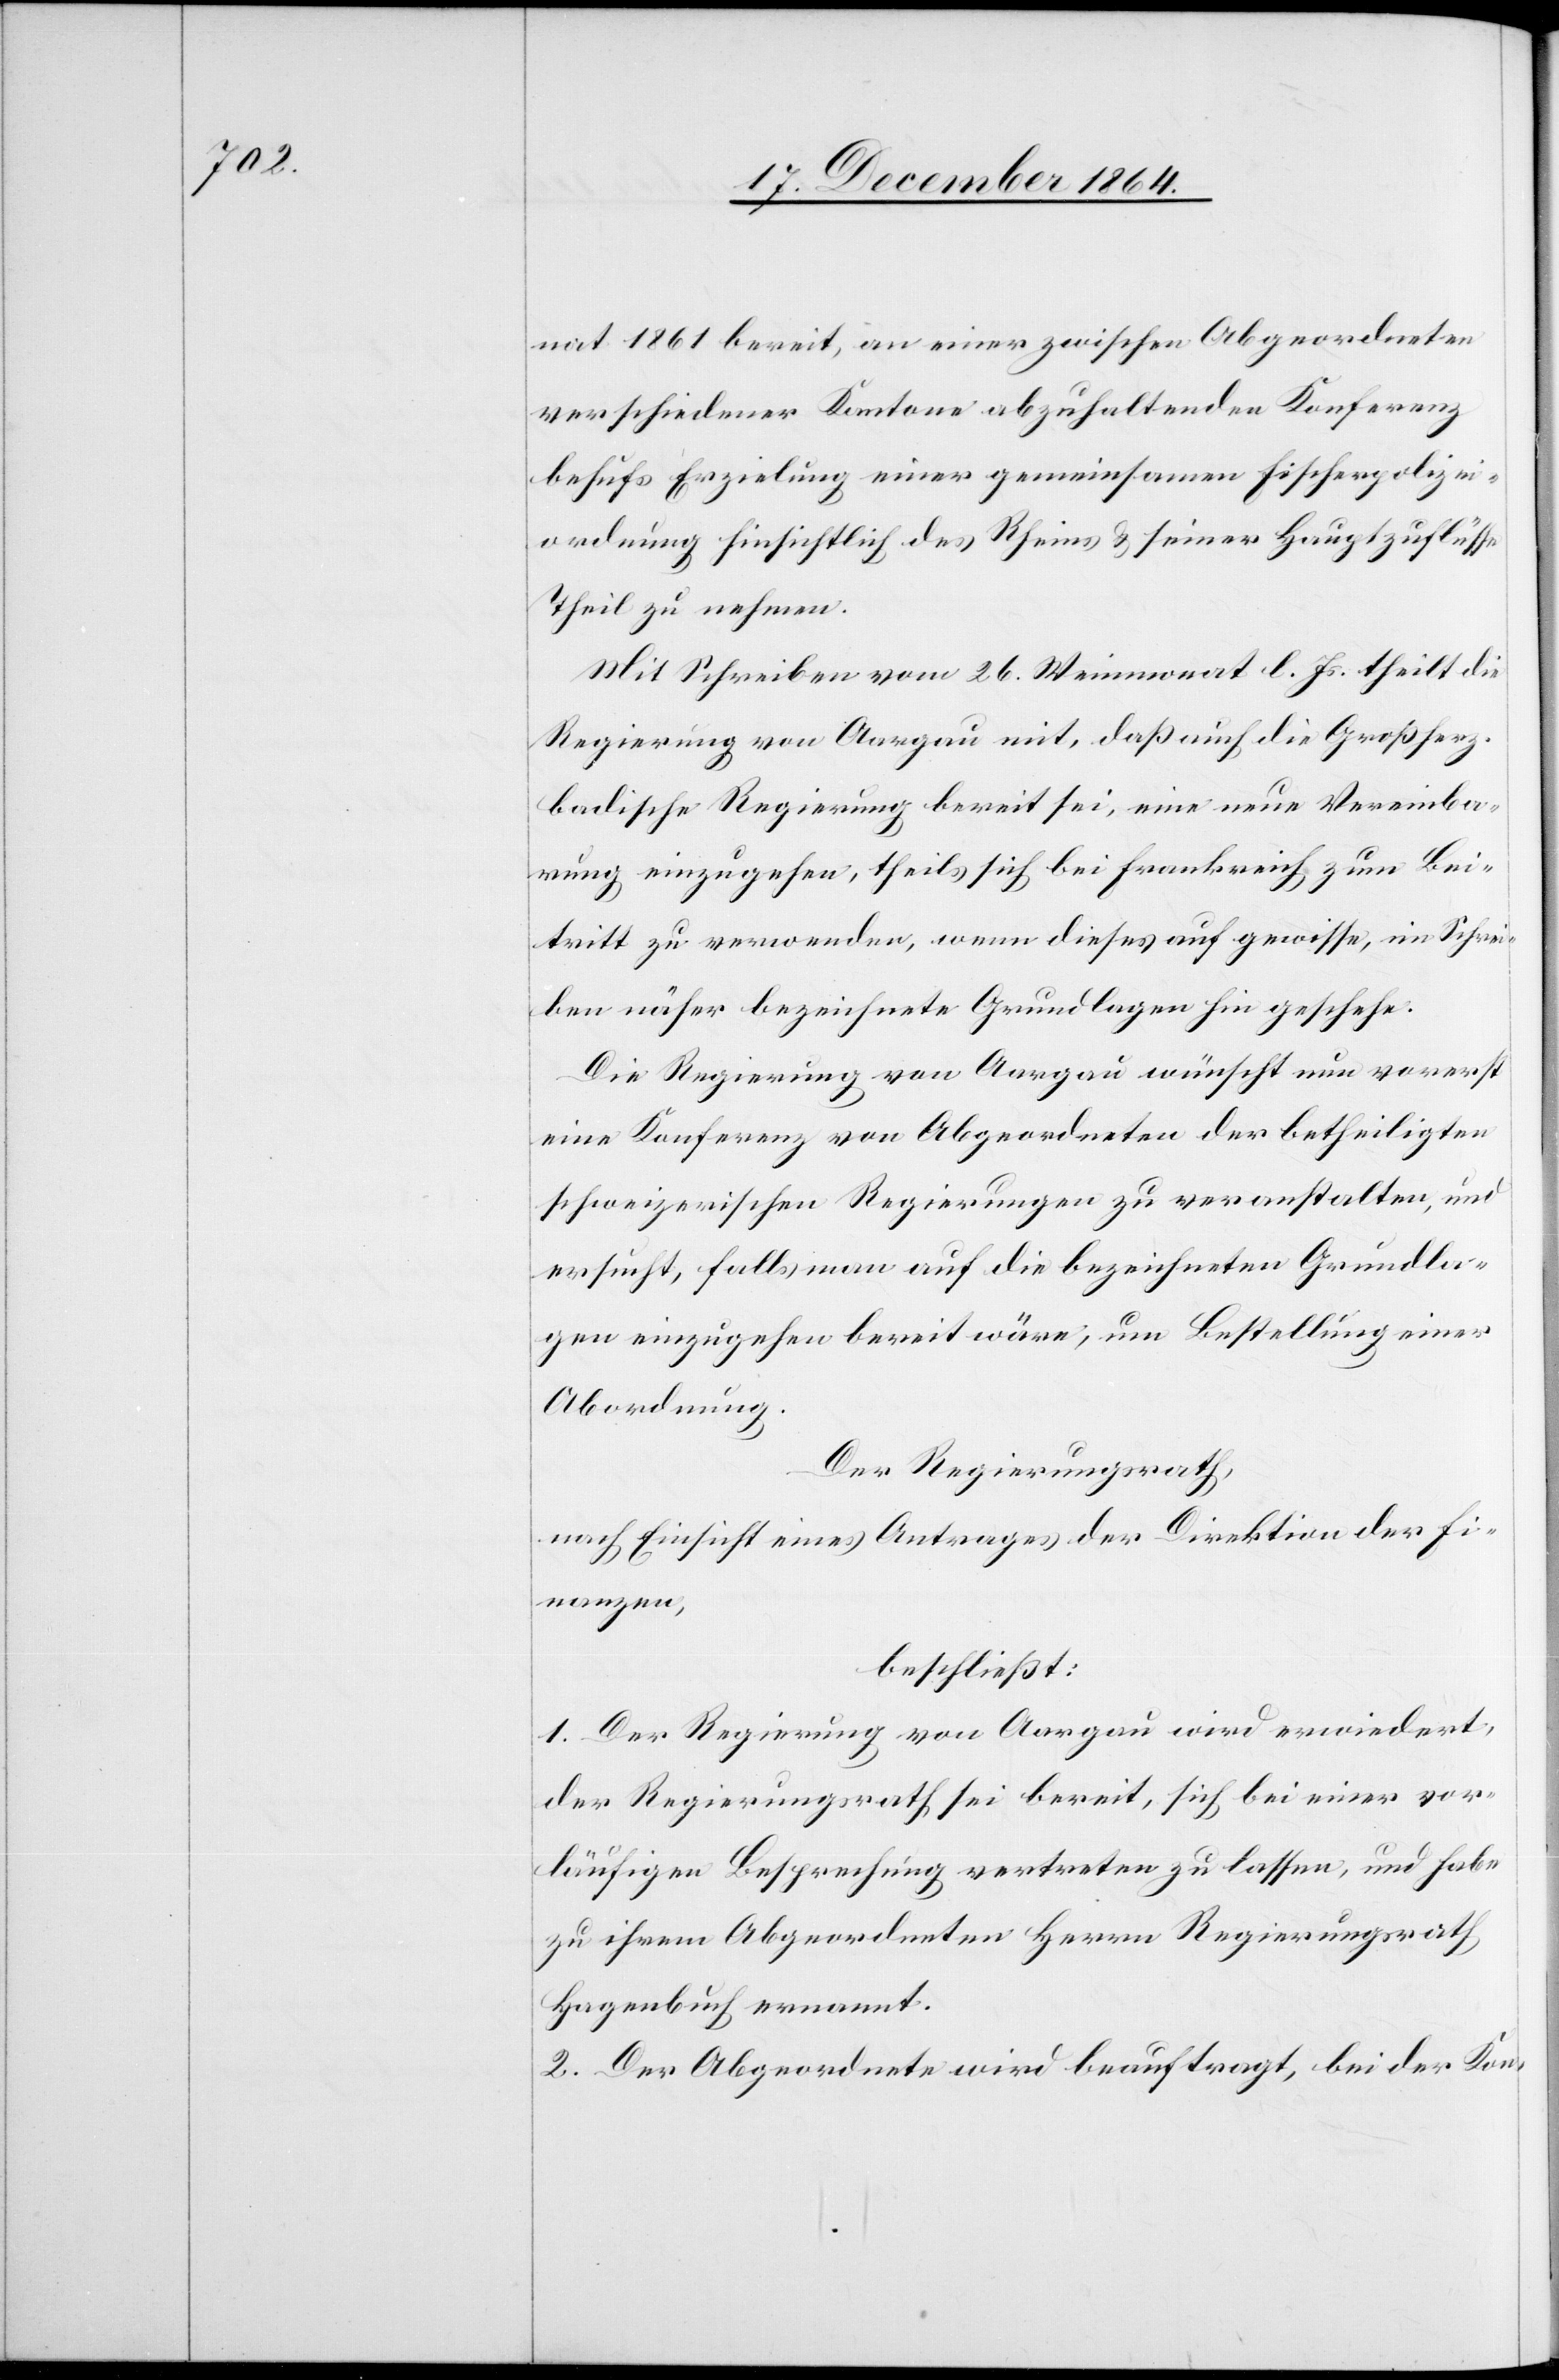
e[n]

nat 1861 bereit, an einer zwischen Abgeordneten
verschiedener Kantone abzuhaltenden Konferenz
behufs Erzielung einer gemeinsamen Fischerpolizei¬
ordnung hinsichtlich des Rheins & seinen Hauptzuflüss¬
Theil zu nehmen.
Mit Schreiben vom 25. Weinmonat l. Js. theilt die
Regierung von Aargau mit, daß auch die Großherz.
badische Regierung bereit sei, eine neue Vereinba¬
rung einzugehen, theils sich bei Frankreich zum Bei¬
tritt zu verwenden, wenn dieses auf gewisse, im Schrei¬
ben näher bezeichnete Grundlagen hin geschehe.
Die Regierung von Aargau wünscht nun vorerst
eine Konferenz von Abgeordneten der betheiligten
schweizerischen Regierungen zu veranstalten, und
ersucht, falls man auf die bezeichneten Grundla¬
gen einzugehen bereit wäre, um Bestellung einer
Abordnung.
Der Regierungsrath,
nach Einsicht eines Antrages der Direktion der Fi¬
nanzen,
beschließt:
1. Der Regierung von Aargau wird erwiedert,
der Regierungsrath sei bereit, sich bei einer vor¬
läufigen Besprechung vertreten zu lassen, und habe
zu ihrem Abgeordneten Herrn Regierungsrath
Hagenbuch ernannt.
2. Der Abgeordnete wird beauftragt, bei der Kon-